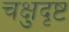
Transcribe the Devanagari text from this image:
चक्षुदृष्ट